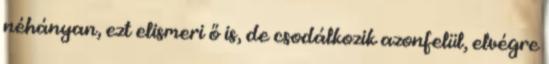
néhányan, ezt elismeri ő is, de csodálkozik azonfelül, elvégre